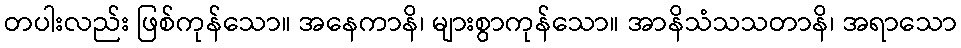
တပါးလည်း ဖြစ်ကုန်သော။ အနေကာနိ၊ များစွာကုန်သော။ အာနိသံသသတာနိ၊ အရာသော